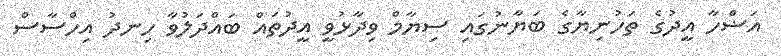
އަޟްހާ އީދުގެ ތަހުނިޔާގެ ބަޔާނުގައި ސިޔާމް ވިދާޅުވީ އީދުތައް ބައްދަލުވާ ހިނދު އިހްސާސް